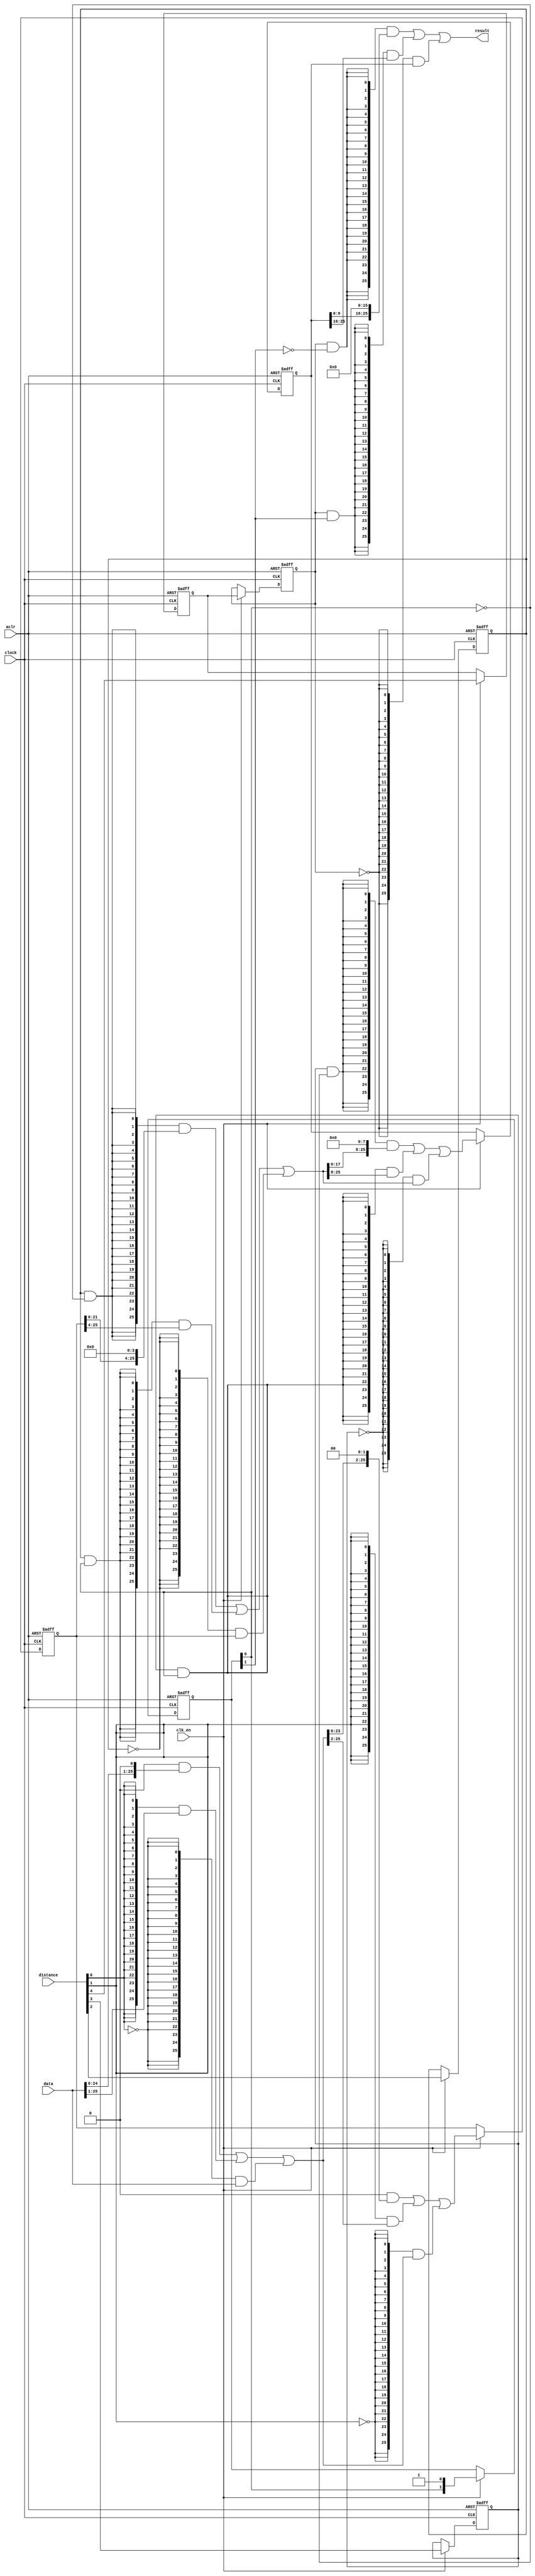
module  fp_add_sub_altbarrel_shift_s0g
	(
	aclr,
	clk_en,
	clock,
	data,
	distance,
	result) ;
	input   aclr;
	input   clk_en;
	input   clock;
	input   [25:0]  data;
	input   [4:0]  distance;
	output   [25:0]  result;
`ifndef ALTERA_RESERVED_QIS
// synopsys translate_off
`endif
	tri0   aclr;
	tri1   clk_en;
	tri0   clock;
`ifndef ALTERA_RESERVED_QIS
// synopsys translate_on
`endif
	reg	[1:0]	dir_pipe;
	reg	[25:0]	sbit_piper1d;
	reg	[25:0]	sbit_piper2d;
	reg	sel_pipec2r1d;
	reg	sel_pipec3r1d;
	reg	sel_pipec4r1d;
	reg	sel_pipec4r2d;
	wire  [5:0]  dir_w;
	wire  direction_w;
	wire  [15:0]  pad_w;
	wire  [155:0]  sbit_w;
	wire  [4:0]  sel_w;
	wire  [129:0]  smux_w;
	// synopsys translate_off
	initial
		dir_pipe = 0;
	// synopsys translate_on
	always @ ( posedge clock or  posedge aclr)
		if (aclr == 1'b1) dir_pipe <= 2'b0;
		else if  (clk_en == 1'b1)   dir_pipe <= {dir_w[3], dir_w[1]};
	// synopsys translate_off
	initial
		sbit_piper1d = 0;
	// synopsys translate_on
	always @ ( posedge clock or  posedge aclr)
		if (aclr == 1'b1) sbit_piper1d <= 26'b0;
		else if  (clk_en == 1'b1)   sbit_piper1d <= smux_w[51:26];
	// synopsys translate_off
	initial
		sbit_piper2d = 0;
	// synopsys translate_on
	always @ ( posedge clock or  posedge aclr)
		if (aclr == 1'b1) sbit_piper2d <= 26'b0;
		else if  (clk_en == 1'b1)   sbit_piper2d <= smux_w[103:78];
	// synopsys translate_off
	initial
		sel_pipec2r1d = 0;
	// synopsys translate_on
	always @ ( posedge clock or  posedge aclr)
		if (aclr == 1'b1) sel_pipec2r1d <= 1'b0;
		else if  (clk_en == 1'b1)   sel_pipec2r1d <= distance[2];
	// synopsys translate_off
	initial
		sel_pipec3r1d = 0;
	// synopsys translate_on
	always @ ( posedge clock or  posedge aclr)
		if (aclr == 1'b1) sel_pipec3r1d <= 1'b0;
		else if  (clk_en == 1'b1)   sel_pipec3r1d <= distance[3];
	// synopsys translate_off
	initial
		sel_pipec4r1d = 0;
	// synopsys translate_on
	always @ ( posedge clock or  posedge aclr)
		if (aclr == 1'b1) sel_pipec4r1d <= 1'b0;
		else if  (clk_en == 1'b1)   sel_pipec4r1d <= distance[4];
	// synopsys translate_off
	initial
		sel_pipec4r2d = 0;
	// synopsys translate_on
	always @ ( posedge clock or  posedge aclr)
		if (aclr == 1'b1) sel_pipec4r2d <= 1'b0;
		else if  (clk_en == 1'b1)   sel_pipec4r2d <= sel_pipec4r1d;
	assign
		dir_w = {dir_w[4], dir_pipe[1], dir_w[2], dir_pipe[0], dir_w[0], direction_w},
		direction_w = 1'b1,
		pad_w = {16{1'b0}},
		result = sbit_w[155:130],
		sbit_w = {smux_w[129:104], sbit_piper2d, smux_w[77:52], sbit_piper1d, smux_w[25:0], data},
		sel_w = {sel_pipec4r2d, sel_pipec3r1d, sel_pipec2r1d, distance[1:0]},
		smux_w = {((({26{(sel_w[4] & (~ dir_w[4]))}} & {sbit_w[113:104], pad_w[15:0]}) | ({26{(sel_w[4] & dir_w[4])}} & {pad_w[15:0], sbit_w[129:120]})) | ({26{(~ sel_w[4])}} & sbit_w[129:104])), ((({26{(sel_w[3] & (~ dir_w[3]))}} & {sbit_w[95:78], pad_w[7:0]}) | ({26{(sel_w[3] & dir_w[3])}} & {pad_w[7:0], sbit_w[103:86]})) | ({26{(~ sel_w[3])}} & sbit_w[103:78])), ((({26{(sel_w[2] & (~ dir_w[2]))}} & {sbit_w[73:52], pad_w[3:0]}) | ({26{(sel_w[2] & dir_w[2])}} & {pad_w[3:0], sbit_w[77:56]})) | ({26{(~ sel_w[2])}} & sbit_w[77:52])), ((({26{(sel_w[1] & (~ dir_w[1]))}} & {sbit_w[49:26], pad_w[1:0]}) | ({26{(sel_w[1] & dir_w[1])}} & {pad_w[1:0], sbit_w[51:28]})) | ({26{(~ sel_w[1])}} & sbit_w[51:26])), ((({26{(sel_w[0] & (~ dir_w[0]))}} & {sbit_w[24:0], pad_w[0]}) | ({26{(sel_w[0] & dir_w[0])}} & {pad_w[0], sbit_w[25:1]})) | ({26{(~ sel_w[0])}} & sbit_w[25:0]))};
endmodule